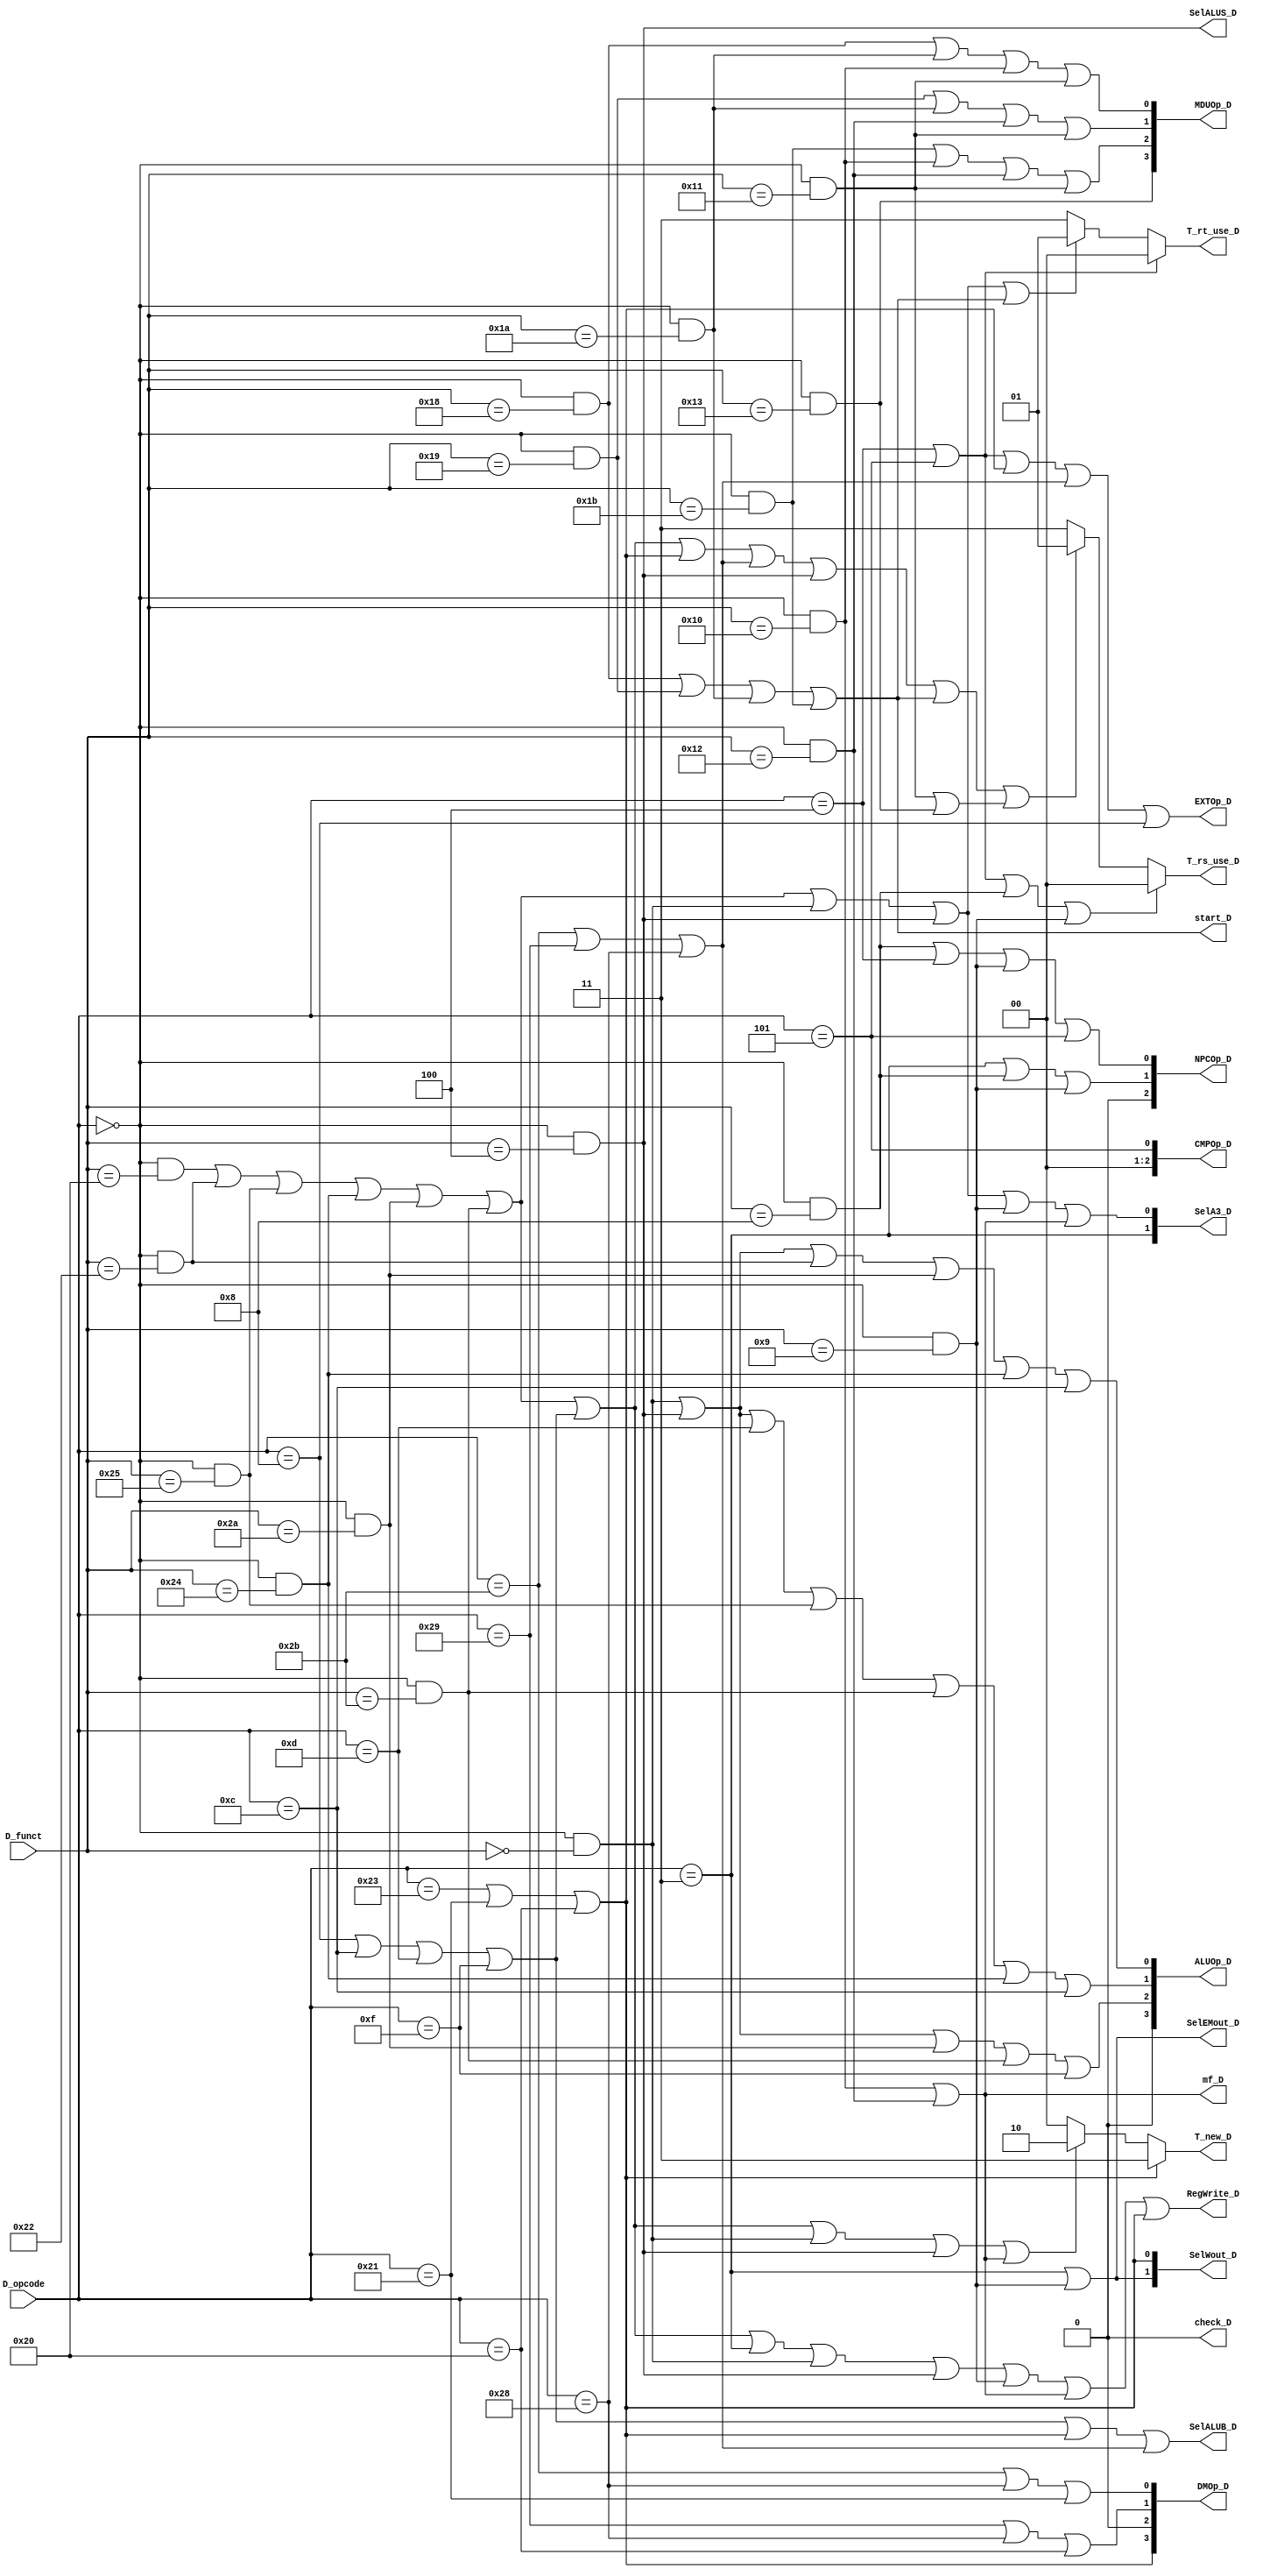
`timescale 1ns / 1ps
//////////////////////////////////////////////////////////////////////////////////
// Company: 
// Engineer: 
// 
// Design Name: 
// Module Name:    MCU 
// Project Name: 
// Target Devices: 
// Tool versions: 
// Description: 
//
// Dependencies: 
//
// Revision: 
// Revision 0.01 - File Created
// Additional Comments: 
//
//////////////////////////////////////////////////////////////////////////////////
// main controller 
// instructions : add sub ori lui sw lw beq jal jr nop   
// add instructions : slt sltu / sb sh lb lh / jalr  / sll sllv                                                                              
//
module MCU(
input wire [5:0] D_opcode,
input wire [5:0] D_funct,
output wire [1:0] SelA3_D,
output wire RegWrite_D,
output wire EXTOp_D,
output wire SelEMout_D,
output wire [1:0] SelWout_D,
output wire SelALUB_D,
output wire SelALUS_D,   // shiftvar
output wire check_D,
output wire mf_D,
output wire start_D,
output wire [2:0] CMPOp_D,
output wire [2:0] NPCOp_D,
output wire [3:0] ALUOp_D,
output wire [3:0] MDUOp_D,
output wire [3:0] DMOp_D,
output wire [1:0] T_rs_use_D,
output wire [1:0] T_rt_use_D,
output wire [1:0] T_new_D
    );

localparam R = 6'b000000;
localparam add = 6'b100000;
localparam sub = 6'b100010;
localparam sll = 6'b000000;
localparam sllv = 6'b000100;
localparam jr = 6'b001000;
localparam slt = 6'b101010;
localparam sltu = 6'b101011;
localparam jalr = 6'b001001; 
localparam _and = 6'b100100;
localparam _or = 6'b100101;
localparam mult = 6'b011000;
localparam multu = 6'b011001;
localparam div = 6'b011010;
localparam divu = 6'b011011;
localparam mfhi = 6'b010000;
localparam mflo = 6'b010010;
localparam mthi = 6'b010001;
localparam mtlo = 6'b010011;

localparam addi = 6'b001000;
localparam andi = 6'b001100;
localparam ori = 6'b001101;
localparam lui = 6'b001111;
localparam sw = 6'b101011;
localparam sh = 6'b101001;
localparam sb = 6'b101000;
localparam lw = 6'b100011;
localparam lh = 6'b100001;
localparam lb = 6'b100000;
localparam jal = 6'b000011;
localparam beq = 6'b000100;
localparam bne = 6'b000101;


wire op_add = (D_opcode == R && D_funct == add);
wire op_sub = (D_opcode == R && D_funct == sub);
wire op_jr = (D_opcode == R && D_funct == jr);
wire op_sll = (D_opcode == R) && (D_funct == sll);
wire op_sllv = (D_opcode == R) && (D_funct == sllv);
wire op_slt = (D_opcode == R) && (D_funct == slt);
wire op_sltu = (D_opcode == R) && (D_funct == sltu);
wire op_jalr = (D_opcode == R) && (D_funct == jalr);
wire op_and = (D_opcode == R) && (D_funct == _and);
wire op_or = (D_opcode == R) && (D_funct == _or);
wire op_mult = (D_opcode == R) && (D_funct == mult);
wire op_multu = (D_opcode == R) && (D_funct == multu);
wire op_div = (D_opcode == R) && (D_funct == div);
wire op_divu = (D_opcode == R) && (D_funct == divu);
wire op_mfhi = (D_opcode == R) && (D_funct == mfhi);
wire op_mflo = (D_opcode == R) && (D_funct == mflo);
wire op_mthi = (D_opcode == R) && (D_funct == mthi);
wire op_mtlo = (D_opcode == R) && (D_funct == mtlo);

wire op_andi = (D_opcode == andi);
wire op_addi = (D_opcode == addi);
wire op_ori = (D_opcode == ori);
wire op_lui = (D_opcode == lui);
wire op_sw = (D_opcode == sw); 
wire op_sh = (D_opcode == sh);
wire op_sb = (D_opcode == sb);
wire op_lw = (D_opcode == lw);
wire op_lh = (D_opcode == lh);
wire op_lb = (D_opcode == lb);
wire op_beq = (D_opcode == beq);
wire op_bne = (D_opcode == bne);
wire op_jal = (D_opcode == jal);

// classify instructions
// cal_R cal_I shift shiftv load store 
// branch lui md mf mt
assign cal_R = op_add | op_sub | op_or | op_and | op_slt | op_sltu;
assign cal_I = op_addi | op_andi | op_ori | op_lui;
assign shift = op_sll;
assign shiftv = op_sllv;
assign branch = op_beq | op_bne;
assign load = op_lw | op_lh | op_lb;
assign store = op_sw | op_sh | op_sb;
assign md = op_mult | op_multu | op_div | op_divu;
assign mf = op_mfhi | op_mflo;//rs
assign mt = op_mthi | op_mtlo;//rs

assign mf_D = mf;
assign start_D = md;
assign check_D = 1'b0; // class new instruction 
//SelA3
assign SelA3_D[1] = op_jal ;
assign SelA3_D[0] = cal_R | shift | shiftv | op_jalr | mf;
//SelEMout
assign SelEMout_D = op_jal | op_jalr ;
//SelWout
assign SelWout_D[1] = op_jal | op_jalr ;
assign SelWout_D[0] = load;
assign RegWrite_D = cal_R | cal_I | op_jal | shift | shiftv | op_jalr | mf | load;
//ALU
assign SelALUB_D = cal_I| load | store ;
assign SelALUS_D = shiftv;
assign EXTOp_D = branch | load | store | op_addi;
//NPCOp
assign NPCOp_D[2] = 1'b0;
assign NPCOp_D[1] = op_jal | op_jr | op_jalr;
assign NPCOp_D[0] = op_jr | op_beq | op_jalr | op_bne;
//ALUOp
assign ALUOp_D[3] = 1'b0;
assign ALUOp_D[2] = op_sll | op_sllv | op_slt | op_sltu | op_lui;
assign ALUOp_D[1] = op_sll | op_sllv | op_ori | op_or | op_sltu | op_and | op_andi;
assign ALUOp_D[0] = op_sll | op_sllv | op_sub | op_slt | op_and | op_andi;
//CMPOp beq = 000
assign CMPOp_D[2] = 1'b0; 
assign CMPOp_D[1] = 1'b0;
assign CMPOp_D[0] = op_bne;
//DMOp  
assign DMOp_D[3] = op_lw | op_lh | op_lb;   
assign DMOp_D[2] = 1'b0;
assign DMOp_D[1] = op_sh | op_sb | op_lb;
assign DMOp_D[0] = op_sw | op_sb | op_lh;

//MDUOp
assign MDUOp_D[3] = op_mtlo;
assign MDUOp_D[2] = op_divu | op_mfhi | op_mflo | op_mthi;
assign MDUOp_D[1] = op_multu | op_div | op_mflo | op_mthi;
assign MDUOp_D[0] = op_mult | op_div | op_mfhi | op_mthi;
// if rs or rt is not used T_use = 3
assign T_rs_use_D = (branch | op_jr | op_jalr) ? 2'b00 :
						  (cal_R | cal_I | load | store | shiftv | md | mt) ? 2'b01 :
						  2'b11;
assign T_rt_use_D = (branch) ? 2'b00 :
						  (cal_R | shift | shiftv | md) ? 2'b01 :
						  2'b11;
assign T_new_D = (load) ? 2'b11 :
					  (cal_R | cal_I | shift | shiftv | mf) ? 2'b10 :
					  2'b00;
endmodule